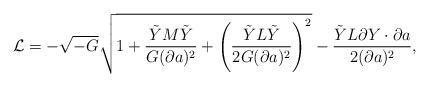
LaTeX: \begin{align*}{\cal L} = - \sqrt{-G}\sqrt{1 + {\tilde{Y} M \tilde{Y}\over G(\partial a)^2} +\left({\tilde{Y} L \tilde{Y}\over 2G(\partial a)^2}\right)^2 }- {\tilde{Y}L\partial Y \cdot \partial a\over 2(\partial a)^2}, \end{align*}